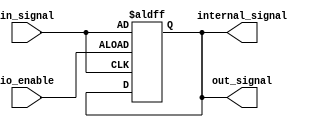
module io_buffer (
    input wire in_signal,
    output wire out_signal,
    input wire io_enable,
    output reg internal_signal
);

assign out_signal = internal_signal;

always @(posedge io_enable or posedge in_signal)
begin
    if (io_enable)
        internal_signal <= in_signal;
end

endmodule